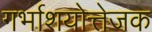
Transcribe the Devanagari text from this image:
गर्भाशयोत्तेजक